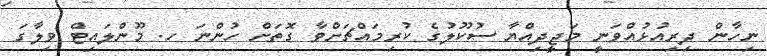
ނިހާން ދިރިއުޅުއްވަނީ މަޖީދިއްޔާ ސުކޫލުގެ ކުރިމައްޗަށްވާ ގޮތަށް ހުންނަ ހ. މޫންލައިޓް ވިލާގަ